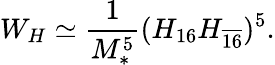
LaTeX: W_{H}\simeq\frac{1}{M_{*}^{5}}(H_{16}H_{\overline{{{16}}}})^{5}.